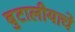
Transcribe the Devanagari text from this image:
बुटालीयाचे